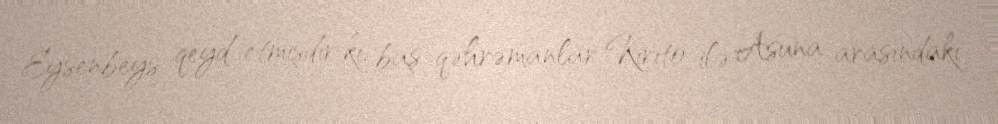
Eysenbeys qeyd etmişdir ki, baş qəhrəmanlar Kirito ilə Asuna arasındakı